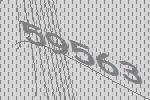
59563